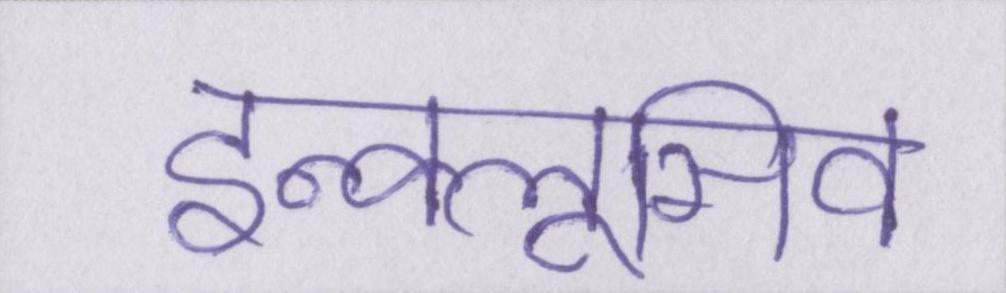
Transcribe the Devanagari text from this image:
इन्क्लूसिव